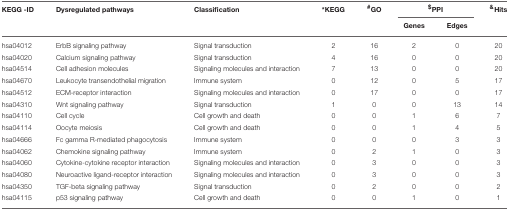
| KEGG -ID | Dysregulated pathways | Classification | *KEGG | #GO | <COLSPAN=2> $PPI | &Hits |
 |  |  |  |  |  | Genes | Edges |  |
 | --- | --- | --- | --- | --- | --- | --- | --- |
 | hsa04012 | ErbB signaling pathway | Signal transduction | 2 | 16 | 2 | 0 | 20 |
 | hsa04020 | Calcium signaling pathway | Signal transduction | 4 | 16 | 0 | 0 | 20 |
 | hsa04514 | Cell adhesion molecules | Signaling molecules and interaction | 7 | 13 | 0 | 0 | 20 |
 | hsa04670 | Leukocyte transendothelial migration | Immune system | 0 | 12 | 0 | 5 | 17 |
 | hsa04512 | ECM-receptor interaction | Signaling molecules and interaction | 0 | 17 | 0 | 0 | 17 |
 | hsa04310 | Wnt signaling pathway | Signal transduction | 1 | 0 | 0 | 13 | 14 |
 | hsa04110 | Cell cycle | Cell growth and death | 0 | 0 | 1 | 6 | 7 |
 | hsa04114 | Oocyte meiosis | Cell growth and death | 0 | 0 | 1 | 4 | 5 |
 | hsa04666 | Fc gamma R-mediated phagocytosis | Immune system | 0 | 0 | 0 | 3 | 3 |
 | hsa04062 | Chemokine signaling pathway | Immune system | 0 | 2 | 1 | 0 | 3 |
 | hsa04060 | Cytokine-cytokine receptor interaction | Signaling molecules and interaction | 0 | 3 | 0 | 0 | 3 |
 | hsa04080 | Neuroactive ligand-receptor interaction | Signaling molecules and interaction | 0 | 3 | 0 | 0 | 3 |
 | hsa04350 | TGF-beta signaling pathway | Signal transduction | 0 | 2 | 0 | 0 | 2 |
 | hsa04115 | p53 signaling pathway | Cell growth and death | 0 | 0 | 1 | 0 | 1 |